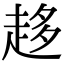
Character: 趍